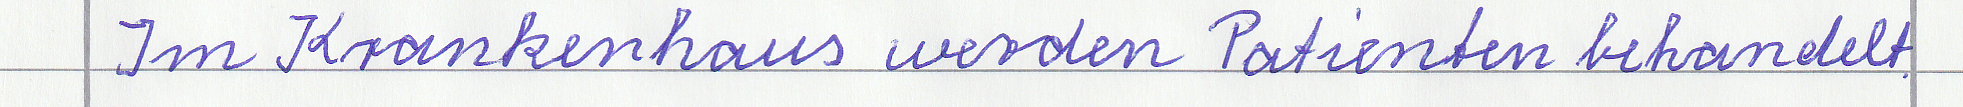
Im Krankenhaus werden Patienten behandelt.